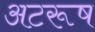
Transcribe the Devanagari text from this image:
अटरूष